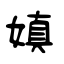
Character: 嫃